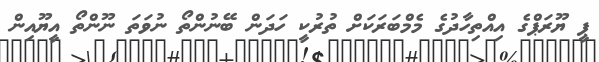
ޕީ ޔޫރަޕްގެ އިއްތިހާދުގެ މެމްބަރަކަށް ތުރުކީ ހަދަން ބޭނުންތޯ ނުވަތަ ނޫންތޯ އީޔޫއިން